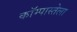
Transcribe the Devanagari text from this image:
कॉम्पास्तेला